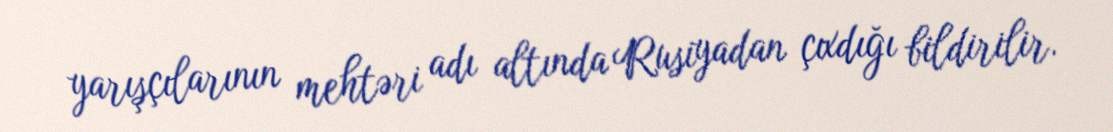
yarışçılarının mehtəri adı altında Rusiyadan çıxdığı bildirilir.